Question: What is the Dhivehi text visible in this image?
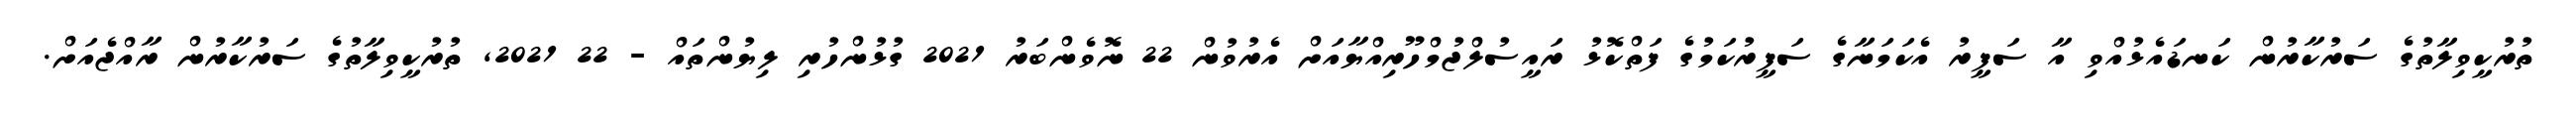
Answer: ތުރުކީވިލާތުގެ ސަރުކާރުން ކަނޑައެޅުއްވި އާ ސަފީރު އެކަމަނާގެ ސަފީރުކަމުގެ ފަތްކޮޅު ރައީސުލްޖުމްހޫރިއްޔާއަށް އެރުވުން 22 ނޮވެންބަރު 2021 ގުޅުންހުރި ލިޔުންތައް - 22 2021, ތުރުކީވިލާތުގެ ސަރުކާރުން ރާއްޖެއަށް.